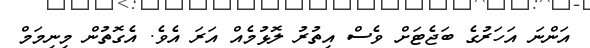
އަންނަ އަހަރުގެ ބަޖެޓަށް ވެސް އިތުރު ލޮޅުމެއް އަރަ އެވެ. އެގޮތުން މިނިމަމް